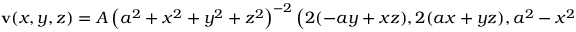
\mathbf { v } ( x , y , z ) = A \left( a ^ { 2 } + x ^ { 2 } + y ^ { 2 } + z ^ { 2 } \right) ^ { - 2 } \left( 2 ( - a y + x z ) , 2 ( a x + y z ) , a ^ { 2 } - x ^ { 2 } - y ^ { 2 } + z ^ { 2 } \right)